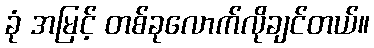
ခုံ အမြင့် တစ်ခုလောက်လိုချင်တယ်။